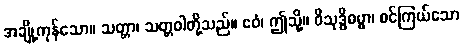
အချို့ကုန်သော။ သတ္တာ၊ သတ္တဝါတို့သည်။ ဧဝံ၊ ဤသို့။ ဝိသုဒ္ဓိဓမ္မာ၊ စင်ကြယ်သော